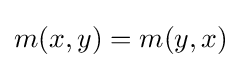
m(x,y)=m(y,x)